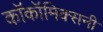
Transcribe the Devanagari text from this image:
काॅकॉमिक्सनी